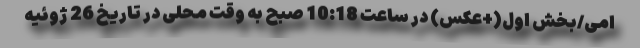
امی/بخش اول(+عکس) در ساعت 10:18 صبح به وقت محلی در تاریخ 26 ژوئیه